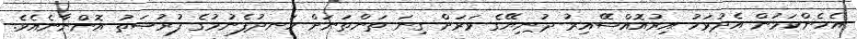
އެހެންކަމުން އެދުވަހު އިރުއޮއްސޭއިރު ދުނިޔޭގެ ވަރަށް ގިނަ ތަންތަނަށް ހަނދުފެނުމުގެ ފުރުޞަތު އޮންނާނެއެވެ.